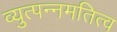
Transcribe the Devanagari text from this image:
व्युत्पन्नमतित्व